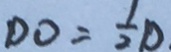
D O = \frac { 1 } { 2 } D .